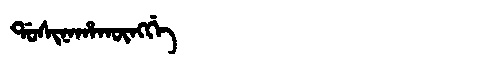
Manchu: ᡩᠣᠰᡳᠨᠠᡥᠠᡴᡡᠩᡤᡝ
Romanization: DOSINAHAKŪNGGE